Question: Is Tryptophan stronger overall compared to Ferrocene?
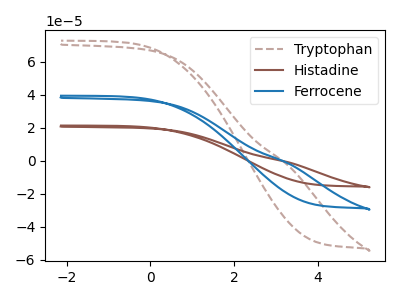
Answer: <think>The brown dashed curve "Tryptophan" has no peaks. The brown curve "Histadine" has no peaks. The blue curve "Ferrocene" has no peaks.
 Neither "Tryptophan" or "Ferrocene" have any peaks.</think>
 <answer>I cant tell if "Tryptophan" or "Ferrocene" has more signal.</answer>
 <eval>mixed_signal</eval>